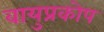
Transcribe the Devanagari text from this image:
वायुप्रकोप